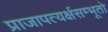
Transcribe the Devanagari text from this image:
प्राजापत्यर्क्षसम्भूतो